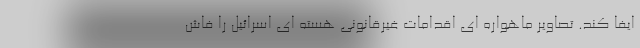
ایفا کند. تصاویر ماهواره ای اقدامات غیرقانونی هسته ای اسرائیل را فاش